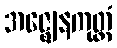
အဇ္ဈေနကုတ္တံ